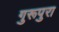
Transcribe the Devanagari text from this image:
गुरूपुरा